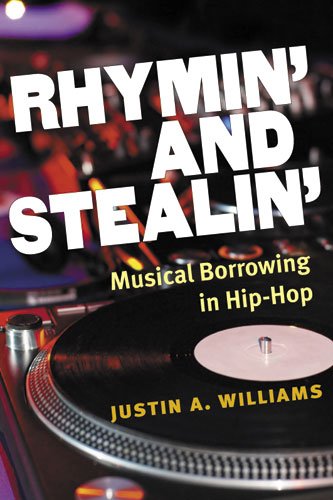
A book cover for Rhymin' and Stealin': Musical Borrowing in Hip-Hop (Tracking Pop); Dr. Justin A Williams; Christian Books & Bibles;